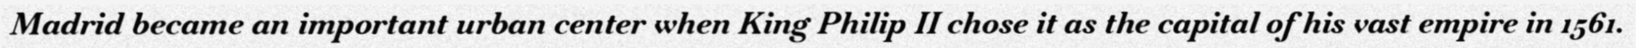
Madrid became an important urban center when King Philip II chose it as the capital of his vast empire in 1561.